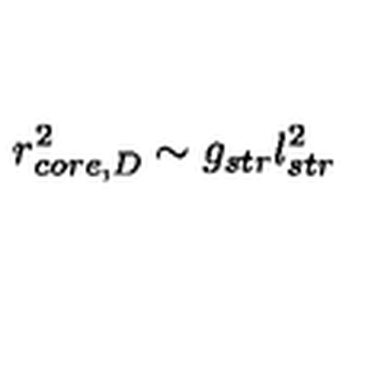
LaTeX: r _ { c o r e , D } ^ { 2 } \sim g _ { s t r } l _ { s t r } ^ { 2 }